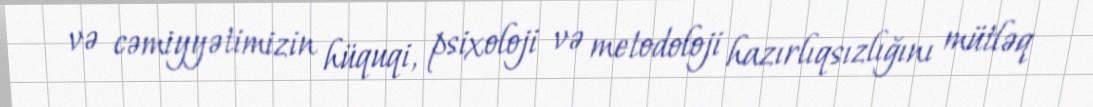
və cəmiyyətimizin hüquqi, psixoloji və metodoloji hazırlıqsızlığını mütləq